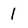
Character: 1